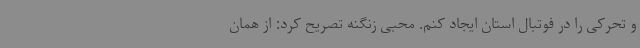
و تحرکی را در فوتبال استان ایجاد کنم. محبی زنگنه تصریح کرد: از همان